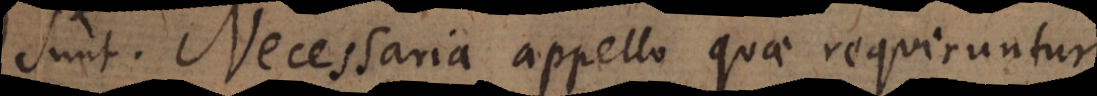
sunt. Necessaria appello quae requiruntur